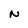
Character: N